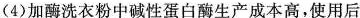
(4)加酶洗衣粉中碱性蛋白酶生产成本高，使用后